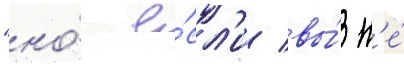
"но́ е́сл'и вы́ н'е́